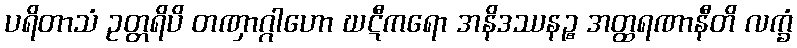
ပရိတာသံ ဥတ္တရိပိ တဏှာဂ္ဂါဟော ဃဋီကရော အနိဒဿနဉ္စ အတ္ထရဏာနီတိ လက္ခံ